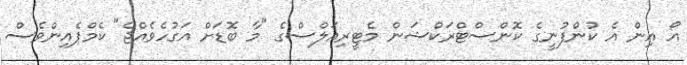
އޯ އިން އެ ކުންފުނީގެ ކޮންސްޓްރަކްޝަން މެޓީރިއަލްސްގެ "މާ ބޮޑަށް އަގުހެވެއްޖެ" ކެމްޕެއިންވެސް